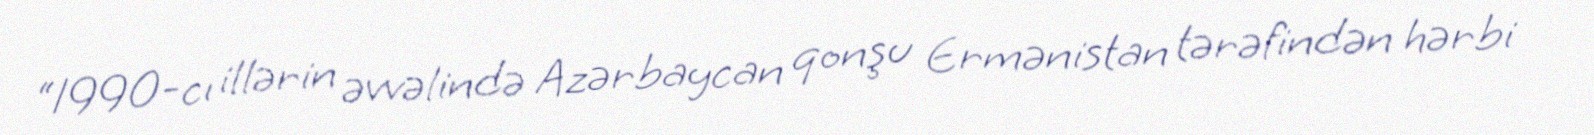
“1990-cı illərin əvvəlində Azərbaycan qonşu Ermənistan tərəfindən hərbi